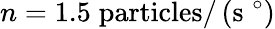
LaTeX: n=1.5\; \mathrm{particles}/\left(\mathrm{s}\; ^{\circ}\right)